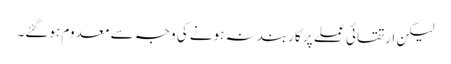
لیکن ارتقائی عملے پر کاربند نہ ہونے کی وجہ سے معدوم ہوگئے۔